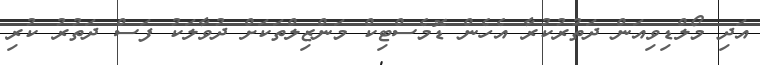
އަދި މޯލްޑިވިއަން ދަތުރުކުރާ އެހެން ޑޮމެސްޓިކް މަންޒިލްތަކަށް ދުވާލަކު ފަސް ދަތުރު ކުރި